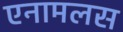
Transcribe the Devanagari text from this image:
एनामलस